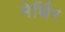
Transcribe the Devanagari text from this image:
मेर्थिर